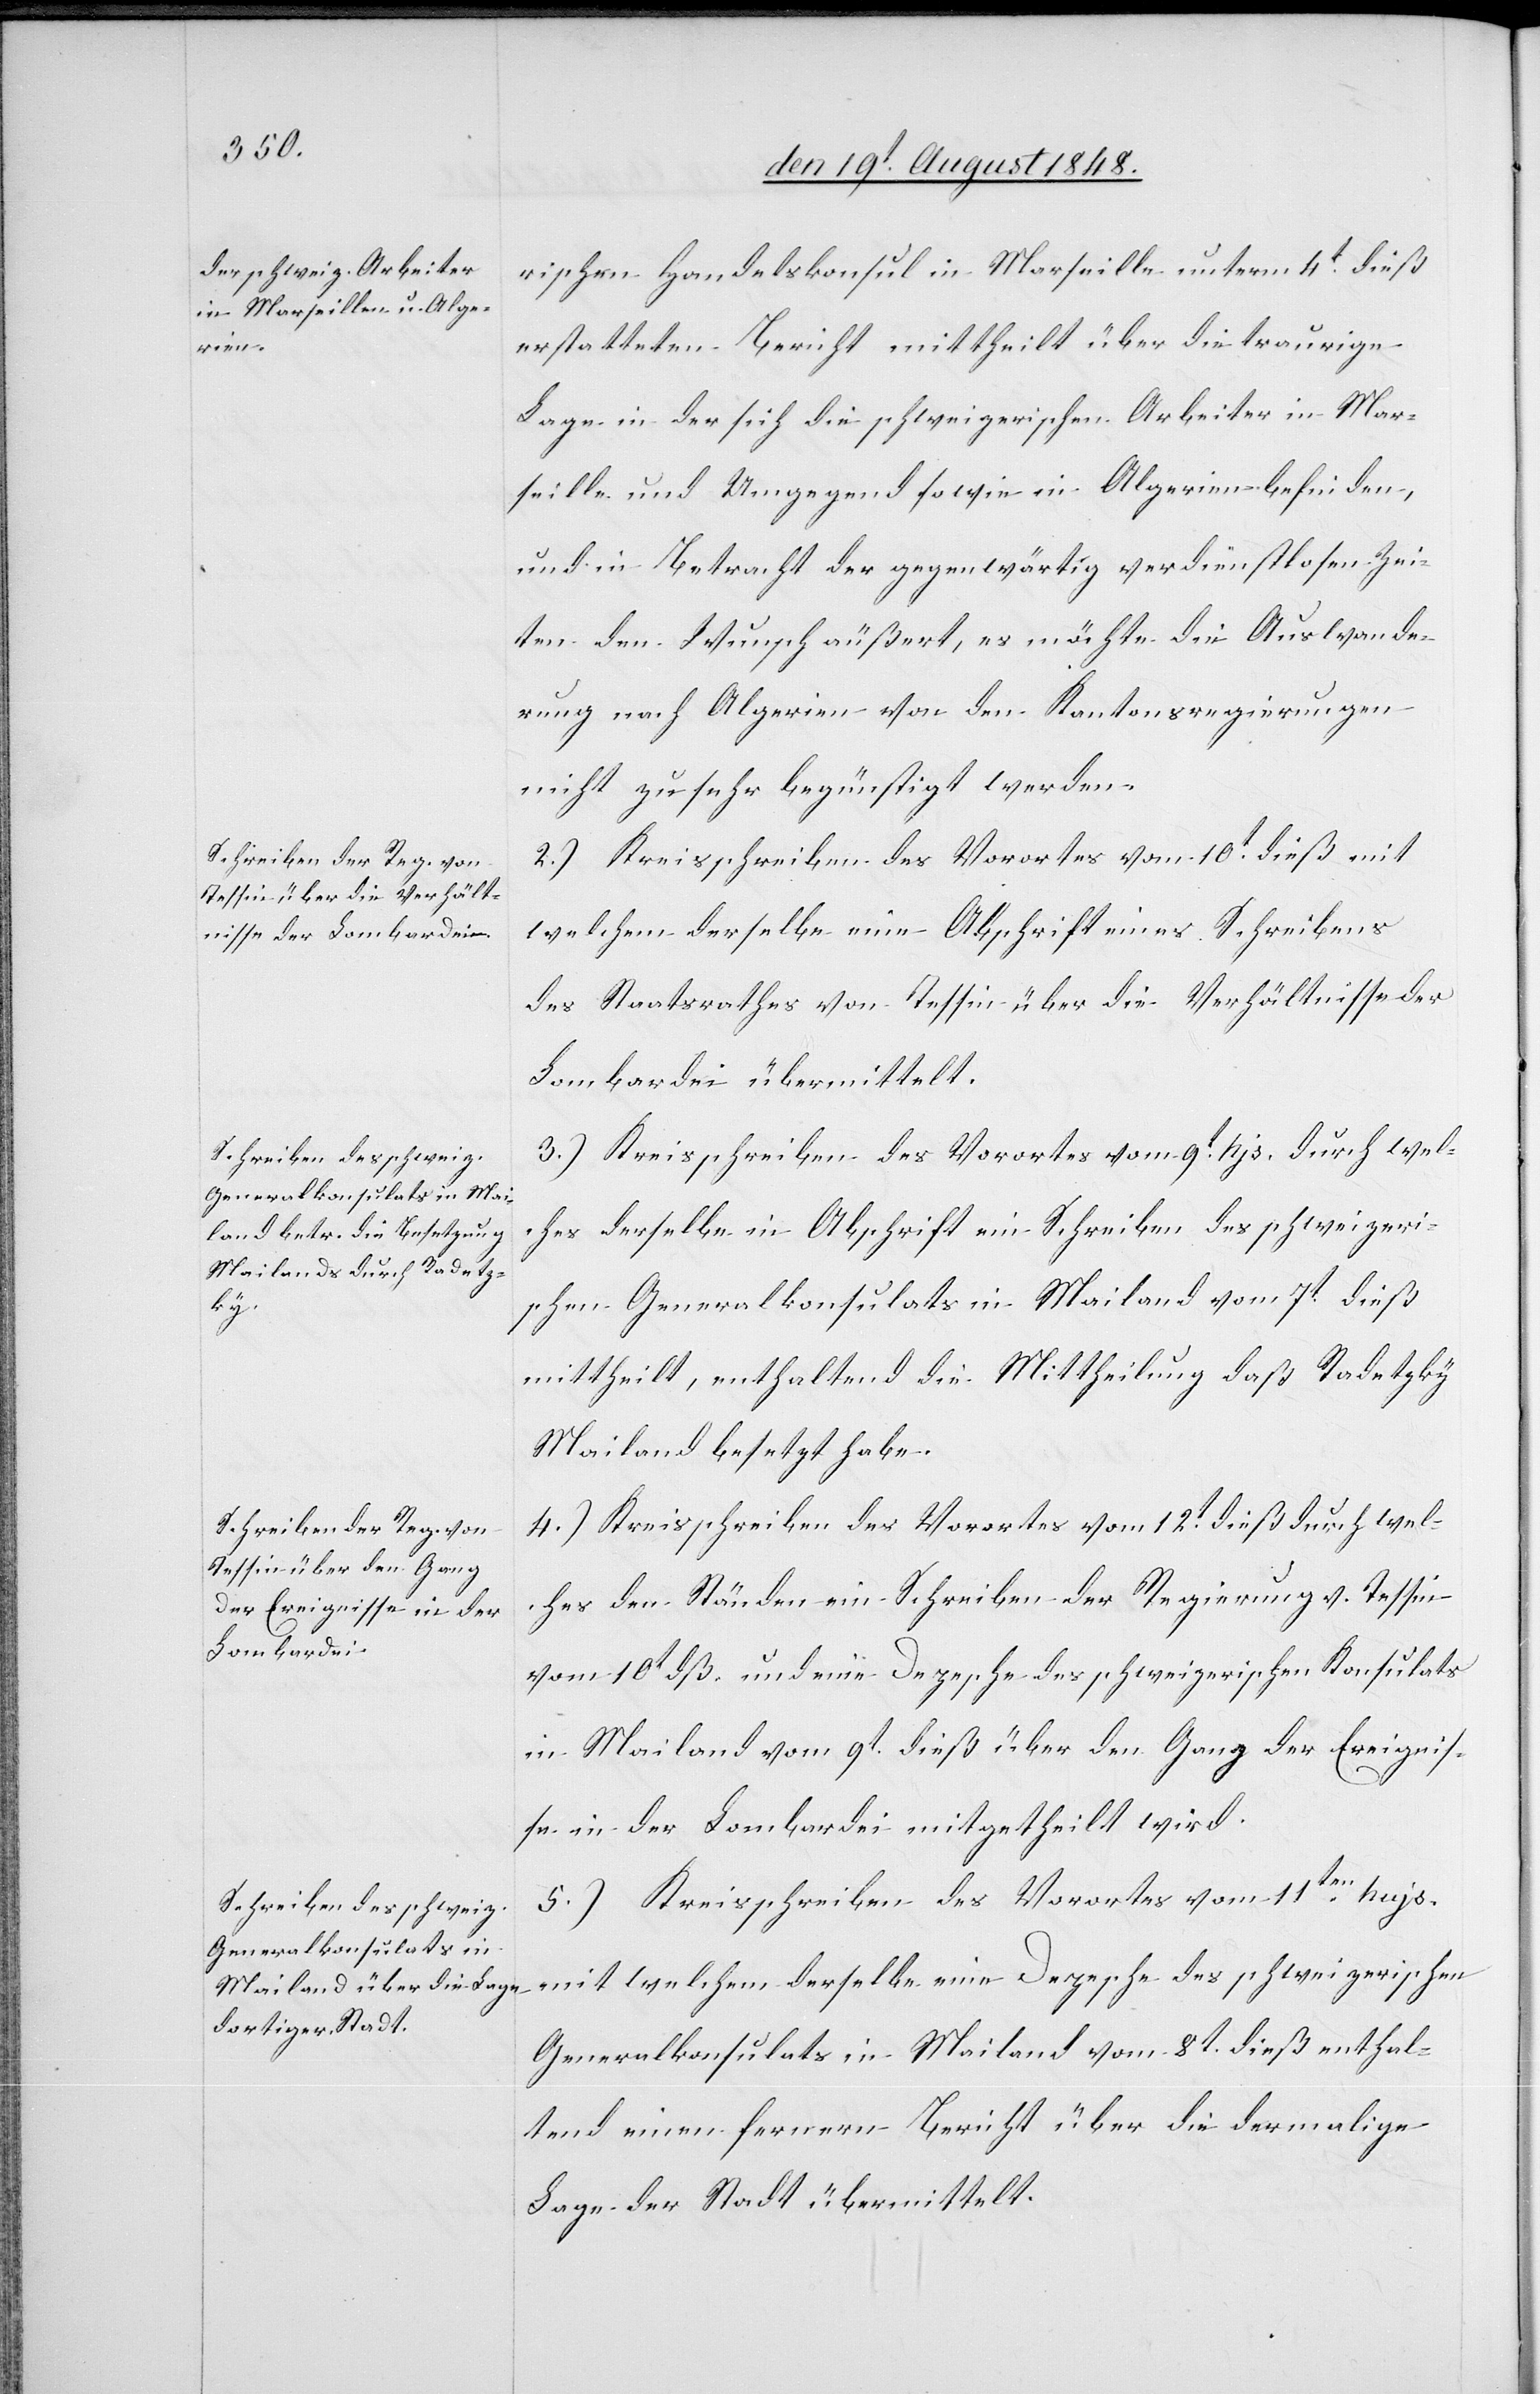
ischen Handelskonsul in Marseille unterm 4t dieß
erstatteten Bericht mittheilt über die traurige
Lage in der sich die schweizerischen Arbeiter in Mar¬
seille und Umgegend sowie in Algerien befinden,
und in Betracht der gegenwärtig verdienstlosen Zei¬
ten den Wunsch äußert, es möchte die Auswande¬
rung nach Algerien von den Kantonsregierungen
nicht zu sehr begünstigt werden.
2.) Kreisschreiben des Vorortes vom 10t dieß mit
welchem derselbe eine Abschrift eines Schreibens
des Staatsrathes von Tessin über die Verhältnisse der
Lombardei übermittelt.
3.) Kreisschreiben des Vorortes vom 9t hjs. durch wel¬
ches derselbe in Abschrift ein Schreiben des schweizeri¬
schen Generalkonsulats in Mailand vom 7t dieß
mittheilt, enthaltend die Mittheilung daß Radetzky
Mailand besetzt habe.
4.) Kreisschreiben des Vorortes vom 12t dieß durch wel¬
ches den Ständen ein Schreiben der Regierung v. Tessin
vom 10t dß. und eine Depesche des schweizerischen Konsulats
in Mailand vom 9t dieß über den Gang der Ereignis¬
se in der Lombardei mitgetheilt wird.
5.) Kreisschreiben des Vorortes vom 11ten hujs.
mit welchem derselbe eine Depesche des schweizerischen
Generalkonsulats in Mailand vom 8t dieß enthal¬
tend einen fernern Bericht über die dermalige
Lage der Stadt übermittelt.